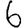
Digit: 6